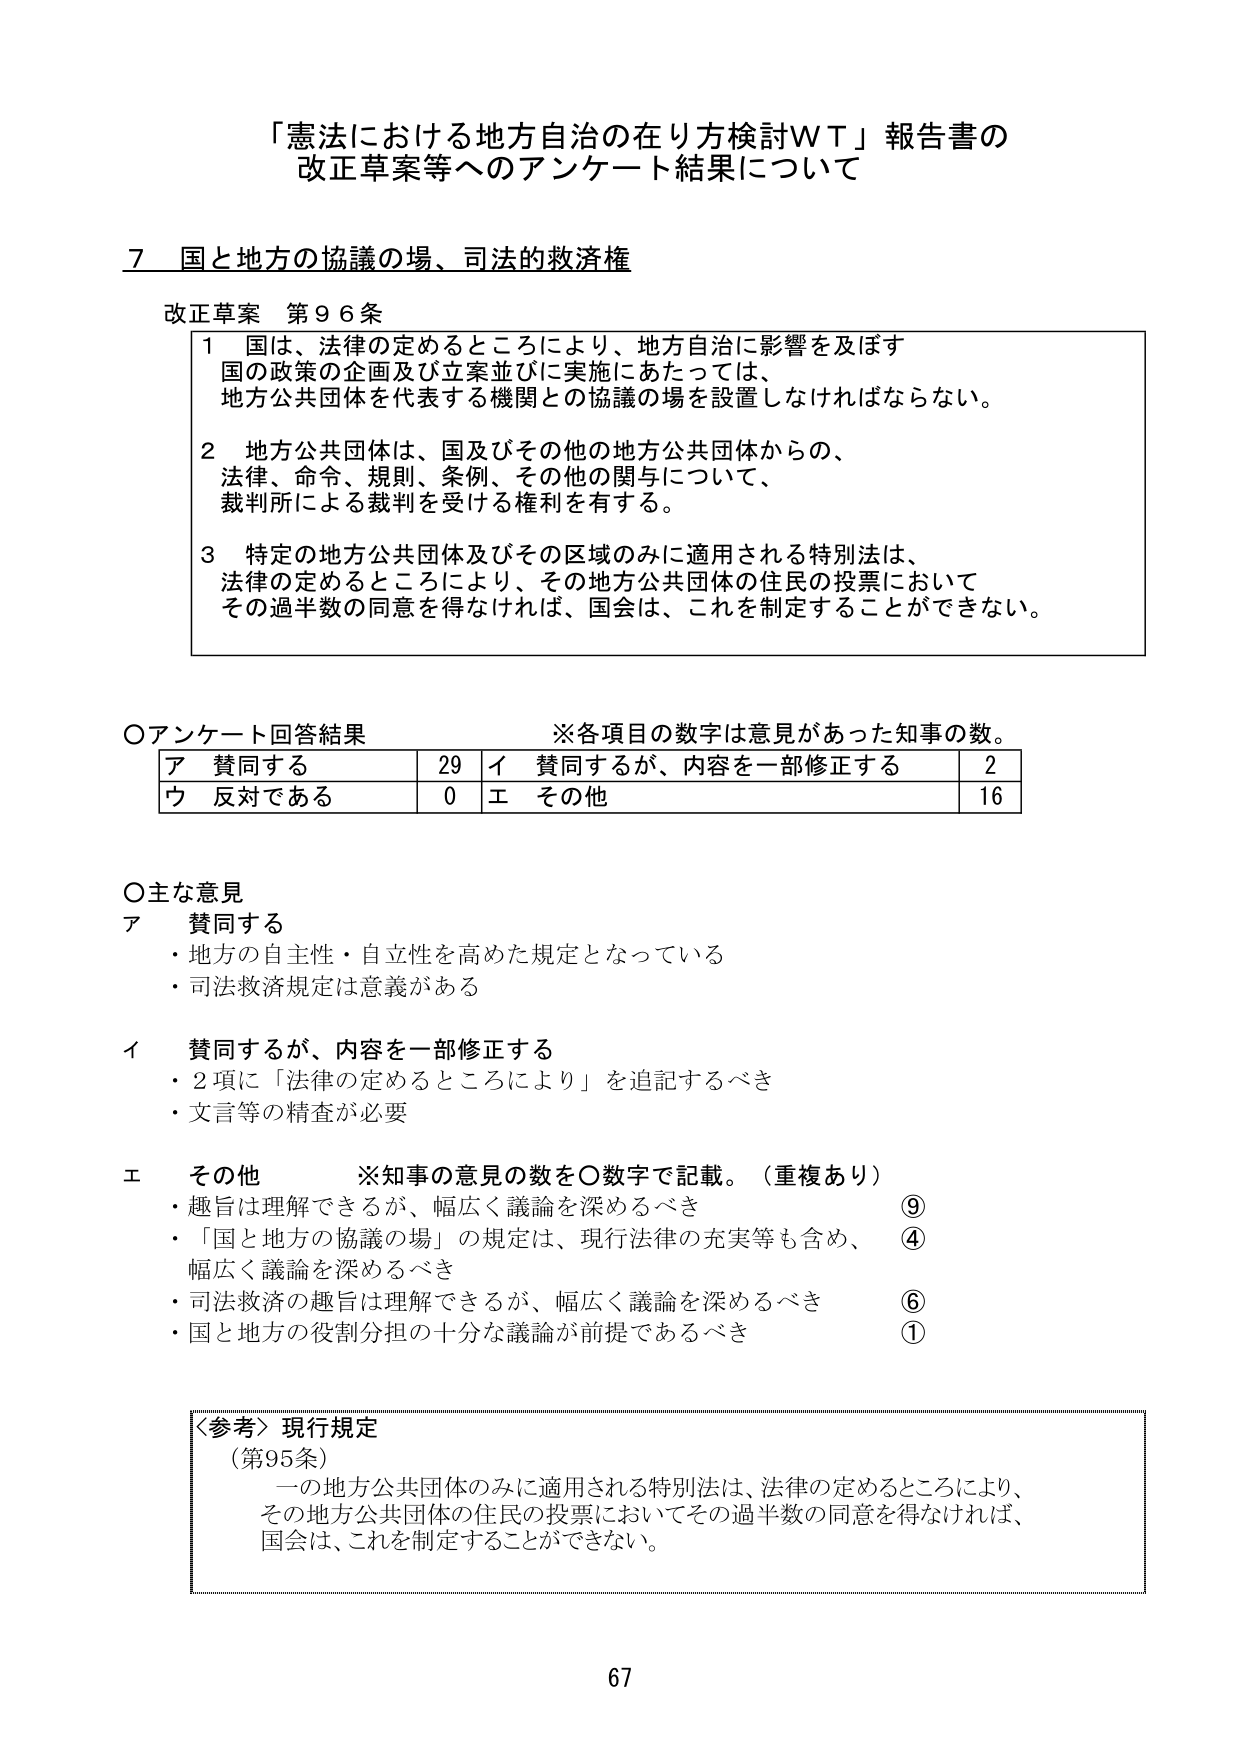
「憲法における地方自治の在り方検討ＷＴ」報告書の
改正草案等へのアンケート結果について

７ 国と地方の協議の場、司法的救済権

改正草案 第９６条

１ 国は、法律の定めるところにより、地方自治に影響を及ぼす
　国の政策の企画及び立案並びに実施にあたっては、
　地方公共団体を代表する機関との協議の場を設置しなければならない。

２ 地方公共団体は、国及びその他の地方公共団体からの、
　法律、命令、規則、条例、その他の関与について、
　裁判所による裁判を受ける権利を有する。

３ 特定の地方公共団体及びその区域のみに適用される特別法は、
　法律の定めるところにより、その地方公共団体の住民の投票において
　その過半数の同意を得なければ、国会は、これを制定することができない。

○アンケート回答結果　　　　　　※各項目の数字は意見があった知事の数。

| ア 賛同する | 29 | イ 賛同するが、内容を一部修正する | 2 |
| ウ 反対である | 0 | エ その他 | 16 |

○主な意見

ア 賛同する
・地方の自主性・自立性を高めた規定となっている
・司法救済規定は意義がある

イ 賛同するが、内容を一部修正する
・２項に「法律の定めるところにより」を追記するべき
・文言等の精査が必要

エ その他　　※知事の意見の数を○数字で記載。（重複あり）
・趣旨は理解できるが、幅広く議論を深めるべき　　⑨
・「国と地方の協議の場」の規定は、現行法律の充実等も含め、
　幅広く議論を深めるべき　　　　　　　　　　　　④
・司法救済の趣旨は理解できるが、幅広く議論を深めるべき　　⑥
・国と地方の役割分担の十分な議論が前提であるべき　　　　①

〈参考〉現行規定
（第95条）
　一の地方公共団体のみに適用される特別法は、法律の定めるところにより、
　その地方公共団体の住民の投票においてその過半数の同意を得なければ、
　国会は、これを制定することができない。

67